Plague in India, 1896, 1897 - Volume 1
Year: 1896
Disease focus: Plague
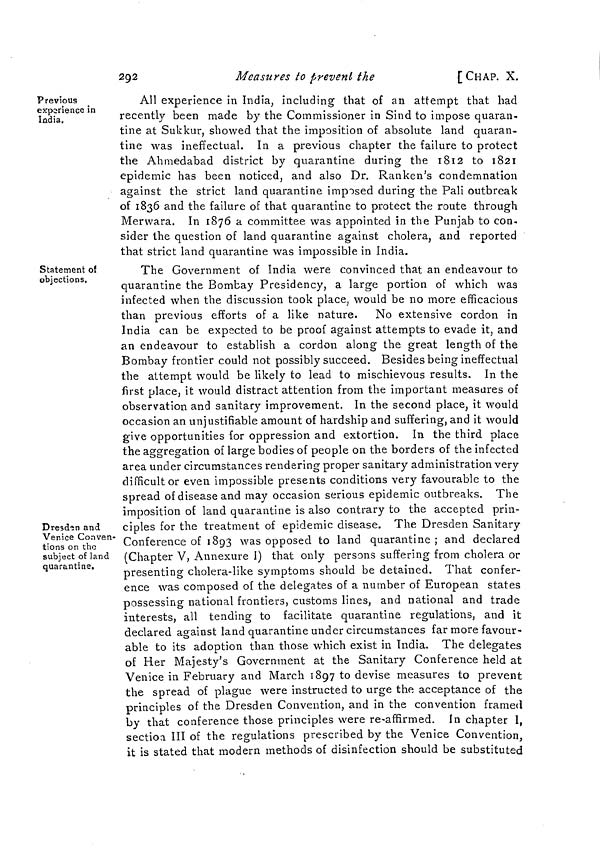
292
Measures to prevent the
[CHAP. X.
Previous
experience in
India.
All experience in India, including that of an attempt that had
recently been made by the Commissioner in Sind to impose quaran-
tine at Sukkur, showed that the imposition of absolute land quaran-
tine was ineffectual. In a previous chapter the failure to protect
the Ahmedabad district by quarantine during the 1812 to 1821
epidemic has been noticed, and also Dr. Ranken's condemnation
against the strict land quarantine imposed during the Pali outbreak
of 1836 and the failure of that quarantine to protect the route through
Merwara. In 1876 a committee was appointed in the Punjab to con-
sider the question of land quarantine against cholera, and reported
that strict land quarantine was impossible in India.
Statement of
objections.
Dresden and
Venice Conven-
tions on the
subject of land
quarantine.
The Government of India were convinced that an endeavour to
quarantine the Bombay Presidency, a large portion of which was
infected when the discussion took place, would be no more efficacious
than previous efforts of a like nature. No extensive cordon in
India can be expected to be proof against attempts to evade it, and
an endeavour to establish a cordon along the great length of the
Bombay frontier could not possibly succeed. Besides being ineffectual
the attempt would be likely to lead to mischievous results. In the
first place, it would distract attention from the important measures of
observation and sanitary improvement. In the second place, it would
occasion an unjustifiable amount of hardship and suffering, and it would
give opportunities for oppression and extortion. In the third place
the aggregation of large bodies of people on the borders of the infected
area under circumstances rendering proper sanitary administration very
difficult or even impossible presents conditions very favourable to the
spread of disease and may occasion serious epidemic outbreaks. The
imposition of land quarantine is also contrary to the accepted prin-
ciples for the treatment of epidemic disease. The Dresden Sanitary
Conference of 1893 was opposed to land quarantine ; and declared
(Chapter V, Annexure 1) that only persons suffering from cholera or
presenting cholera-like symptoms should be detained. That confer-
ence was composed of the delegates of a number of European states
possessing national frontiers, customs lines, and national and trade
interests, all tending to facilitate quarantine regulations, and it
declared against land quarantine under circumstances far more favour-
able to its adoption than those which exist in India. The delegates
of Her Majesty's Government at the Sanitary Conference held at
Venice in February and March 1897 to devise measures to prevent
the spread of plague were instructed to urge the acceptance of the
principles of the Dresden Convention, and in the convention framed
by that conference those principles were re-affirmed. In chapter 1,
sectioa III of the regulations prescribed by the Venice Convention,
it is stated that modern methods of disinfection should be substituted